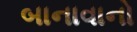
બાનાવાનો